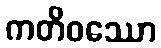
ကတိဝဿော